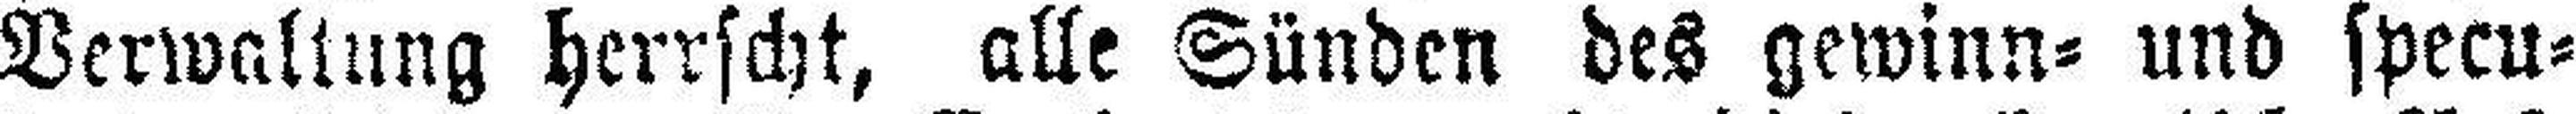
Verwaltung herrscht, alle Sünden des gewinn= und specu¬